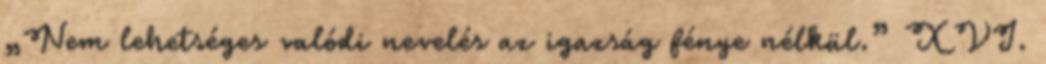
„Nem lehetséges valódi nevelés az igazság fénye nélkül.” XVI.